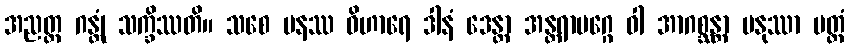
အညတ္ထ ဂန္တုံ သက္ခိဿတိ။ သစေ ပနဿ ဝိဟာရေ ဒါနံ ဒေန္တာ အန္တရာမဂ္ဂေ ဝါ အာဂစ္ဆန္တာ မနုဿာ ပတ္တံ